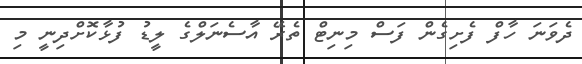
ދެވަނަ ހާފް ފެށިގެން ފަސް މިނިޓް ތެރޭ އާސެނަލްގެ ލީޑު ފުޅާކޮށްދިނީ މި